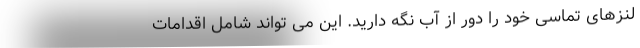
لنزهای تماسی خود را دور از آب نگه دارید. این می تواند شامل اقدامات